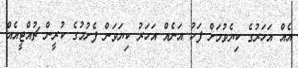
އެއް އަހަރުގެ ކިޔެވުމަށް ފަހު އަނެއް އަހަރު ކިޔަވަން ފެށުމުގެ ކުރީން ޗުއްޓީއެއް